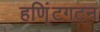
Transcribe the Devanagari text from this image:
हणि्ंटगटन